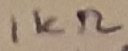
Text: 1KΩ